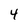
Character: 4